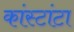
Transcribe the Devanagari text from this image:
कांस्टांटा